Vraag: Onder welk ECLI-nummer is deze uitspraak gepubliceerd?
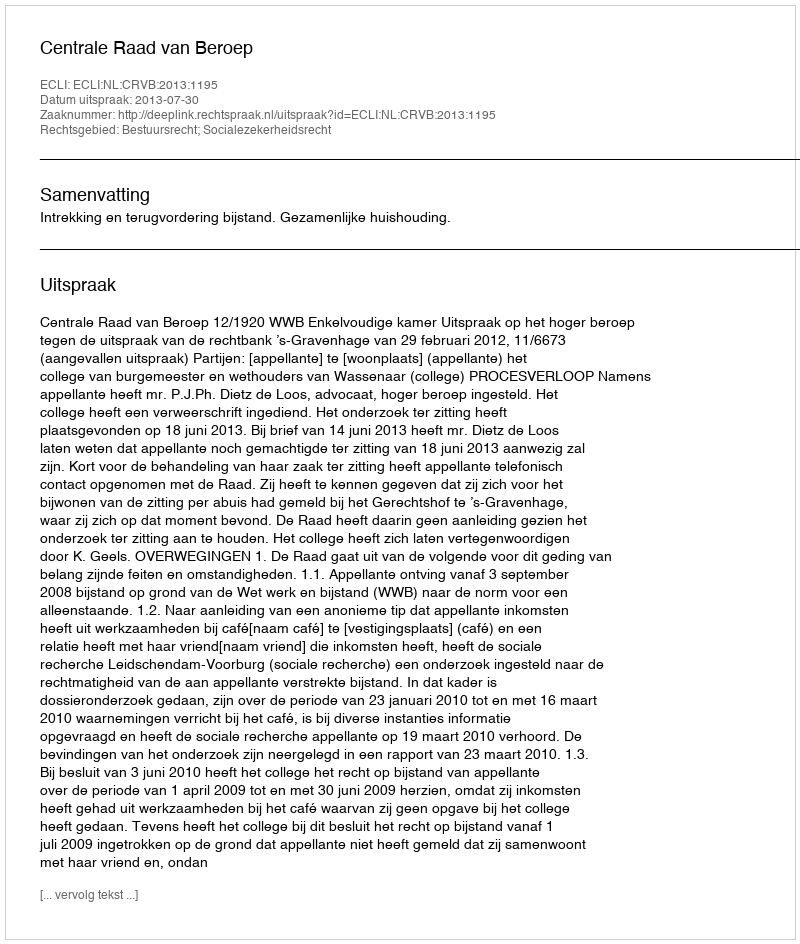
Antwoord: ECLI:NL:CRVB:2013:1195